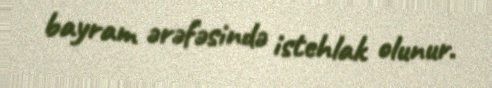
bayram ərəfəsində istehlak olunur.